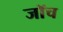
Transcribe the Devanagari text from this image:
जाॅच